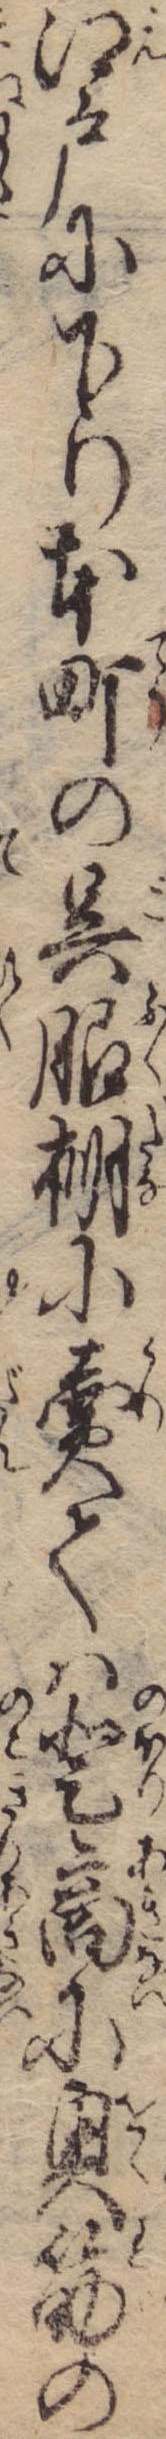
江戸に下り本町の呉服棚に売ては登商に奥筋の